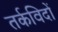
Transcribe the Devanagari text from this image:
तर्कविदों